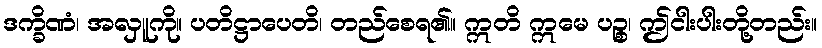
ဒက္ခိဏံ၊ အလှူကို။ ပတိဋ္ဌာပေတိ၊ တည်စေရ၏။ ဣတိ ဣမေ ပဉ္စ၊ ဤငါးပါးတို့တည်း။